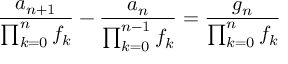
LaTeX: { \frac { a _ { n + 1 } } { \prod _ { k = 0 } ^ { n } f _ { k } } } - { \frac { a _ { n } } { \prod _ { k = 0 } ^ { n - 1 } f _ { k } } } = { \frac { g _ { n } } { \prod _ { k = 0 } ^ { n } f _ { k } } }